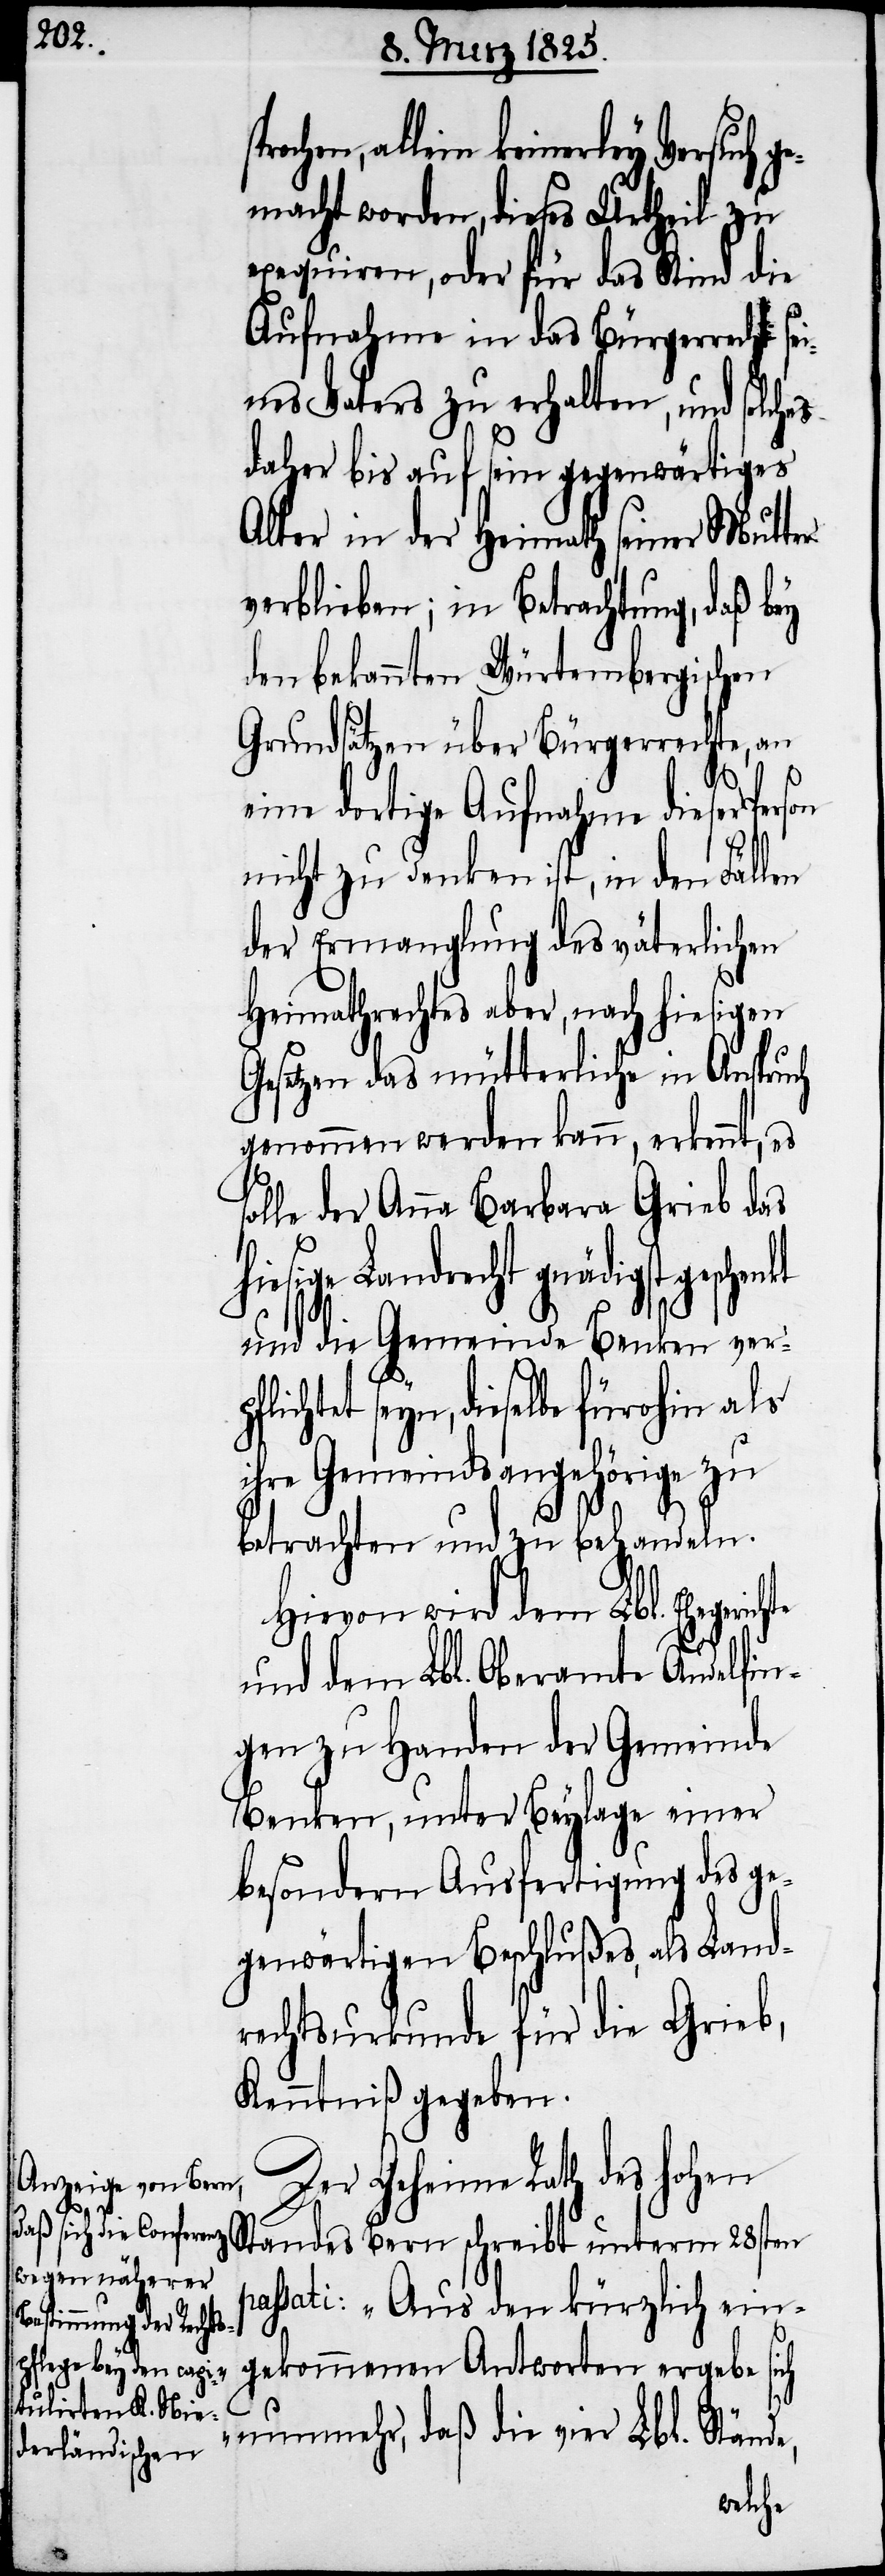
ochen, allein keinerley Versuch
emacht worden, dieses Urtheil zu
exequiren, oder für das Kind die
Aufnahme in das Bürgerrecht s¬
eines Vater zu erhalten, und solches
daher bis auf sein gegenwärtiges
Alter in der Heimath seiner Mutter
verblieben; in Betrachtung, daß bey
den bekannten Würtembergischen
Grundsätzen über Bürgerrechte, an
eine dortige Aufnahme dieser
nicht zu denken ist, in den Fällen
der Ermanglung des väterlichen
Heimathrechtes aber, nach hiesigen
Gesetzen das mütterliche in Anspruch
genommen werden kann, erkennt, es
olle der Anna Barbara Grieb das
iesige Landrecht gnädigst
und die Gemeinde Benken verp¬
flichtet seyn, dieselbe fürohin als
ihre Gemeindsangehörige zu
spr¬
betrachten und zu behandeln.
Hievon wird dem Lbl. Eheg¬
und dem Lbl. Oberamte Andelfin¬
gen zu Handen der Gemeinde
Benken, unter Beylage einer
besondern Ausfertigung des ge¬
genwärtigen Beschlußes, als Land¬
rechtsurkunde für die Grieb,
Kenntniß gegeben.
Der Geheime Rath des hohen
Standes Bern schreibt unterm 28sten
passati: „Aus den kürzlich ein¬
h¬
gekommenen Antworten ergebe sich
nunmehr, daß die vier Lbl. Stände,
erichte